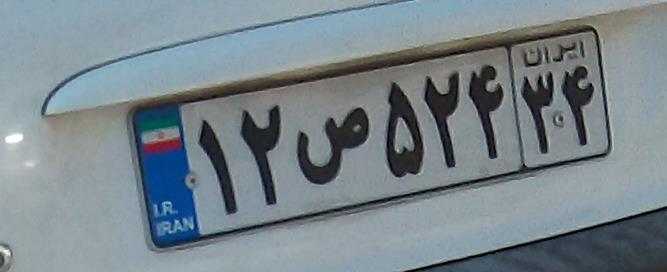
۱۲ص۵۲۴۳۴